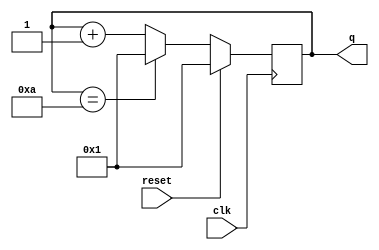
//
//
// https://hdlbits.01xz.net/wiki/Count1to10
//
//

`default_nettype none

module top_module (
    input           clk,
    input           reset,
    output  [3:0]   q
);

    reg     [3:0]   counter;
    always @(posedge clk) begin
        if (reset)
            counter <= 4'd1;
        else
            if (counter == 4'd11 - 1'b1)
                counter <= 4'd1;
            else
                counter <= counter + 1'b1;
    end

    assign q = counter;

endmodule